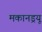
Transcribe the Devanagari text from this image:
मकानड्रयू